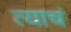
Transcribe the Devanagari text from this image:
त्‍याचं